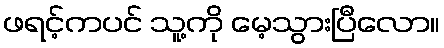
ဖရင့်ကပင် သူ့ကို မေ့သွားပြီလော။